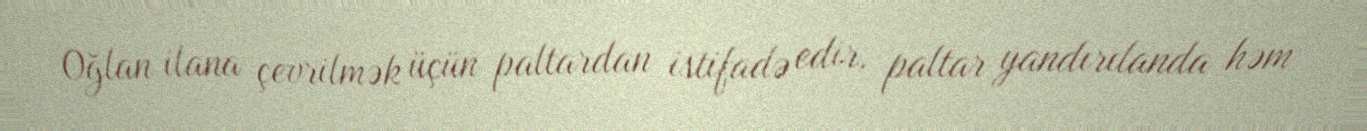
Oğlan ilana çevrilmək üçün paltardan istifadə edir, paltar yandırılanda həm